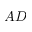
A D